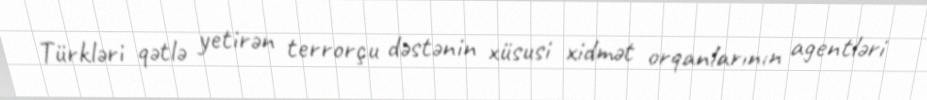
Türkləri qətlə yetirən terrorçu dəstənin xüsusi xidmət orqanlarının agentləri